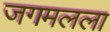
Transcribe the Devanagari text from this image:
जगमलला